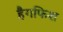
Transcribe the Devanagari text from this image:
हैगफिश